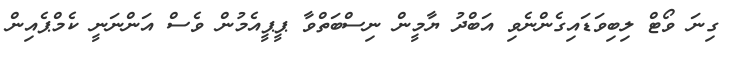
ގިނަ ވޯޓް ލިބިވަޑައިގެންނެވި އަބްދު ޔާމީން ނިސްބަތްވާ ޕީޕީއެމުން ވެސް އަންނަނީ ކެމްޕެއިން